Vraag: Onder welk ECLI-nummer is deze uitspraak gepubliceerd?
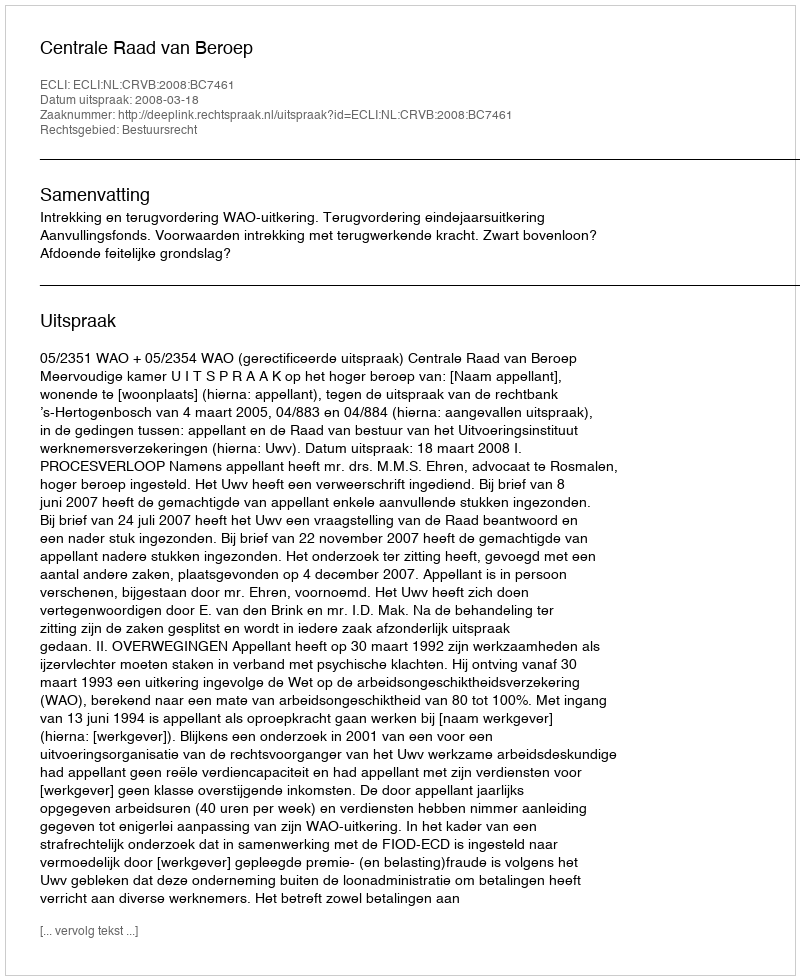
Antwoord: ECLI:NL:CRVB:2008:BC7461